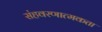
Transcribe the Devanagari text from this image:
संहवरणात्मकता